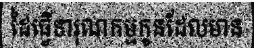
ដៃធ្វើទារុណកម្មកូនដែលមាន